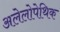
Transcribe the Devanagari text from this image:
अलेलोपेथिक